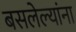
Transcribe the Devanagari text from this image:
बसलेल्यांना